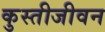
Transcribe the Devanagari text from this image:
कुस्तीजीवन